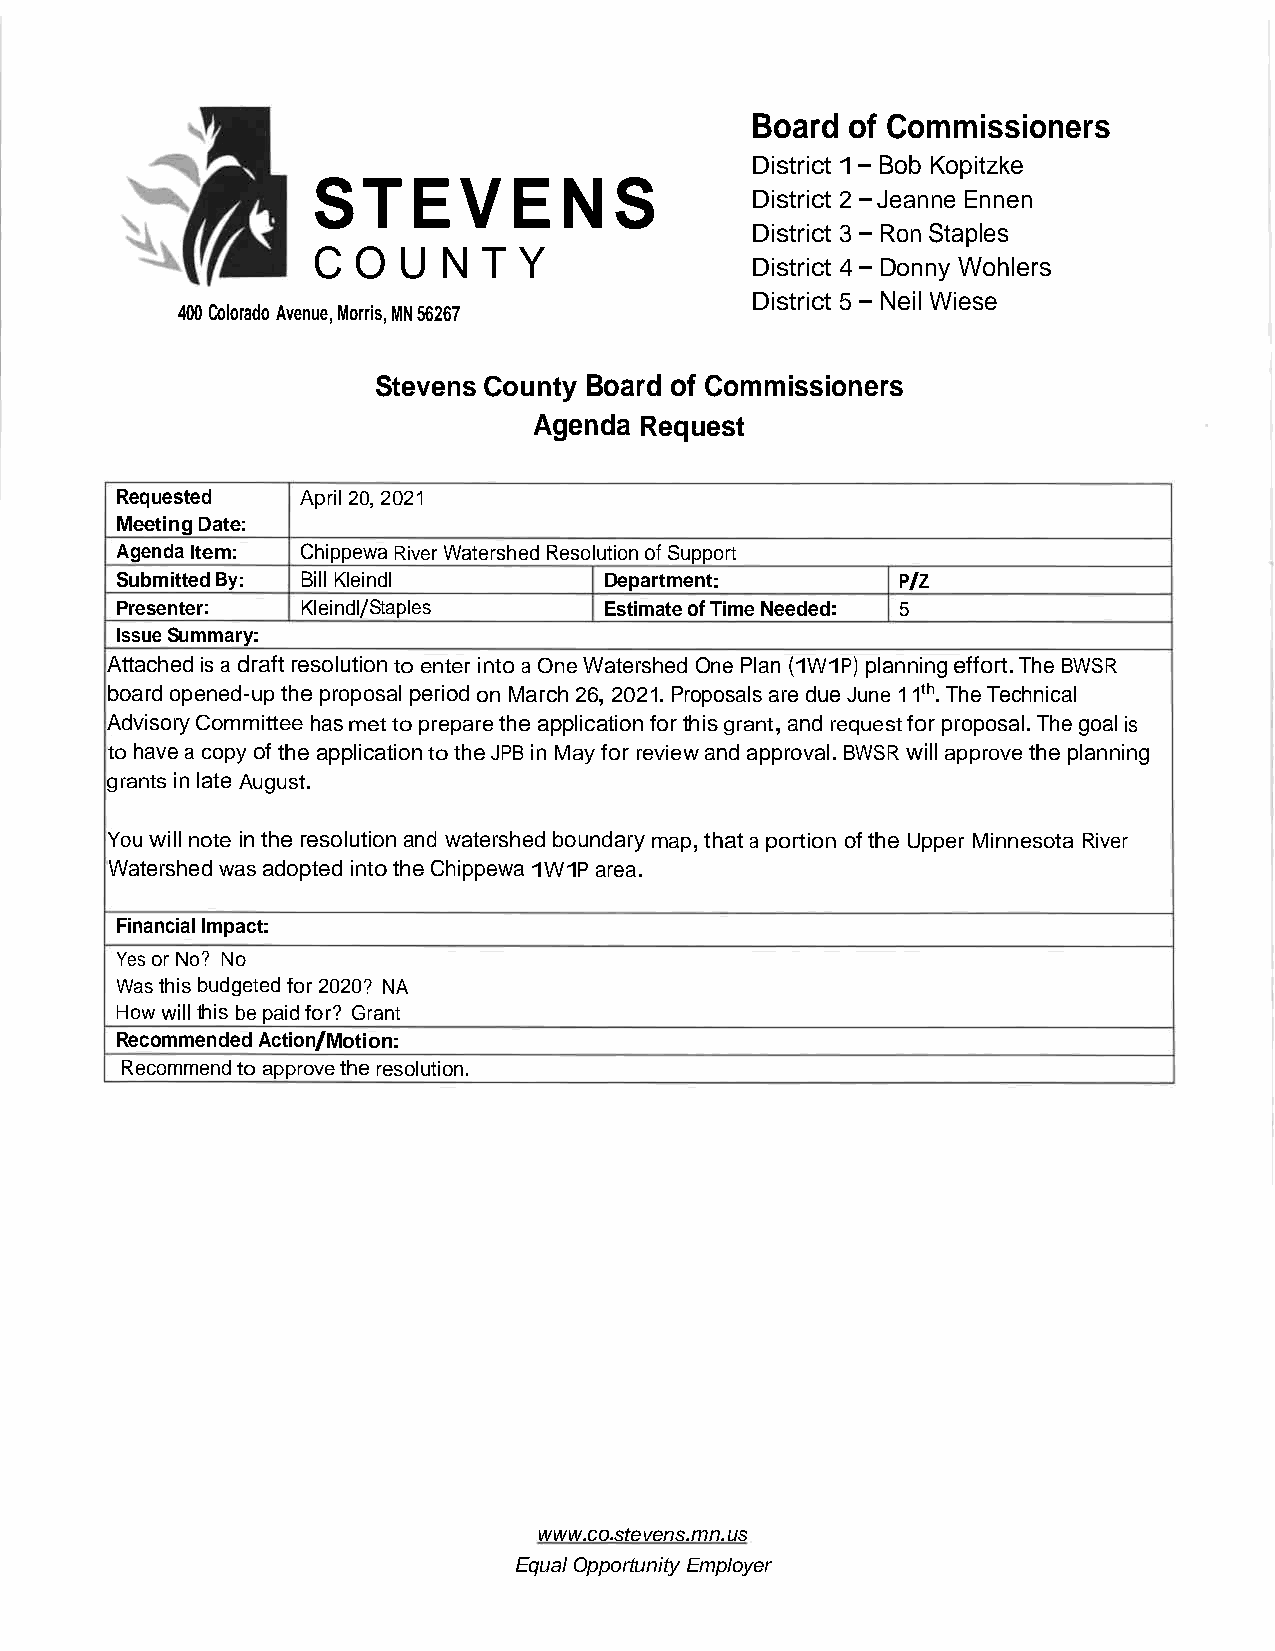
Board of Commissioners
 District1-Bob Kopitzke
 S  T  E  V   E  N   S
 District 2-Jeanne Ennen
 District 3-Ron Staples
 C O  U  N  T Y
 District 4-Donny Wohlers
 District 5-Neil Wiese
 400Colorado Avenue,Morris,MN56267
 Stevens County Board of Commissioners
 Agenda Request
 Requested   April20,2021
 MeetingDate:
 AgendaItem: ChippewaRiverWatershedResolutionofSupport
 SubmittedBy: BillKleindl        Department:         P/Z
 Presenter:  Kleindl/Staples     EstimateofTimeNeeded: 5
 IssueSummary:
 Attachedisa draftresolutiontoenterintoa OneWatershedOnePlan (1W1P) planningeffort.The BWSR
 boardopened-uptheproposalperiodonMarch26,2021.ProposalsaredueJune11th.TheTechnical
 AdvisoryCommitteehasmettopreparetheapplicationforthisgrant,andrequestfor proposal.Thegoalis
 tohavea copyoftheapplicationtotheJPBinMayfor reviewandapproval. BWSR willapprovetheplanning
 grantsinlate August.
 Youwillnoteintheresolutionand watershedboundarymap,thataportionoftheUpper Minnesota River
 Watershed wasadoptedintotheChippewa1W1P area.
 FinancialImpact:
 YesorNo? No
 Wasthisbudgetedfor2020? NA
 Howwillthisbepaidfor? Grant
 RecommendedAction/Motion:
 Recommendtoapprovetheresolution.
 www. co.stevens. mn.
 us
 EqualOpportunity Employer